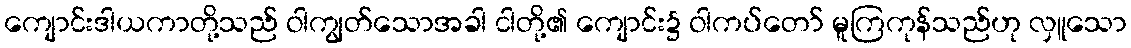
ကျောင်းဒါယကာတို့သည် ဝါကျွတ်သောအခါ ငါတို့၏ ကျောင်း၌ ဝါကပ်တော် မူကြကုန်သည်ဟု လှူသော